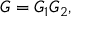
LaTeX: G = G _ { 1 } G _ { 2 } ,